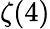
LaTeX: \zeta(4)